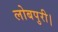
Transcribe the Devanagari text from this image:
लोबपुरी।